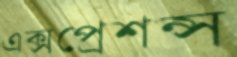
এক্সপ্রেশন্স